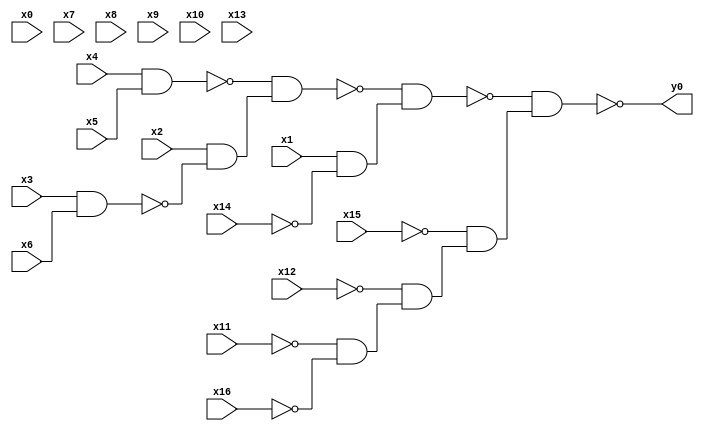
module top( x0 , x1 , x2 , x3 , x4 , x5 , x6 , x7 , x8 , x9 , x10 , x11 , x12 , x13 , x14 , x15 , x16 , y0 );
  input x0 , x1 , x2 , x3 , x4 , x5 , x6 , x7 , x8 , x9 , x10 , x11 , x12 , x13 , x14 , x15 , x16 ;
  output y0 ;
  wire n18 , n19 , n20 , n21 , n22 , n23 , n24 , n25 , n26 , n27 ;
  assign n18 = x4 & x5 ;
  assign n19 = x3 & x6 ;
  assign n20 = x2 & ~n19 ;
  assign n21 = ~n18 & n20 ;
  assign n22 = x1 & ~x14 ;
  assign n23 = ~n21 & n22 ;
  assign n24 = ~x11 & ~x16 ;
  assign n25 = ~x12 & n24 ;
  assign n26 = ~x15 & n25 ;
  assign n27 = ~n23 & n26 ;
  assign y0 = ~n27 ;
endmodule